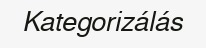
Kategorizálás